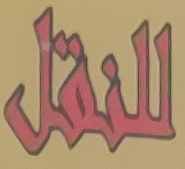
للنقل